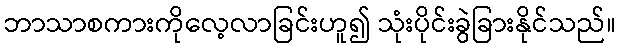
ဘာသာစကားကိုလေ့လာခြင်းဟူ၍ သုံးပိုင်းခွဲခြားနိုင်သည်။